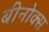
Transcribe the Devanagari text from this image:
बीनोक्स